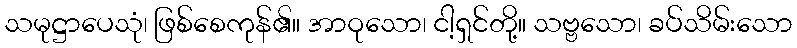
သမုဋ္ဌာပေသုံ၊ ဖြစ်စေကုန်၏။ အာဝုသော၊ ငါ့ရှင်တို့။ သဗ္ဗသော၊ ခပ်သိမ်းသော